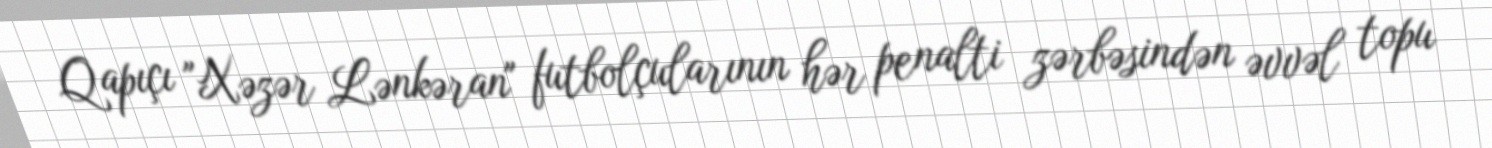
Qapıçı "Xəzər Lənkəran" futbolçularının hər penalti zərbəsindən əvvəl topu